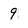
Character: 9